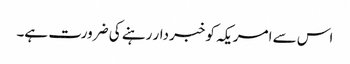
اس سے امریکہ کو خبردار رہنے کی ضرورت ہے۔